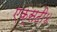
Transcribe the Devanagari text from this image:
एक्सटी४